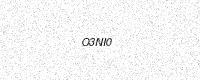
Text: O3NI0